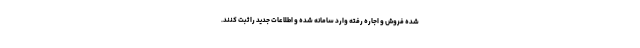
شده فروش و اجاره رفته وارد سامانه شده و اطلاعات جدید را ثبت کنند.